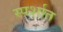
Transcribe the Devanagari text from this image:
स्पर्शात